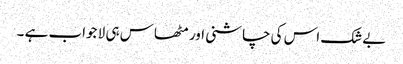
بےشک اس کی چاشنی اور مٹھاس ہی لا جواب ہے ۔